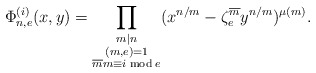
\begin{align*} \Phi_{n,e}^{(i)}(x,y)=\prod_{\substack{m|n \\ (m,e)=1\\ \overline mm\equiv i \bmod e}}(x^{n/m}-\zeta^{\overline m}_{e}y^{n/m})^{\mu(m)}.\end{align*}